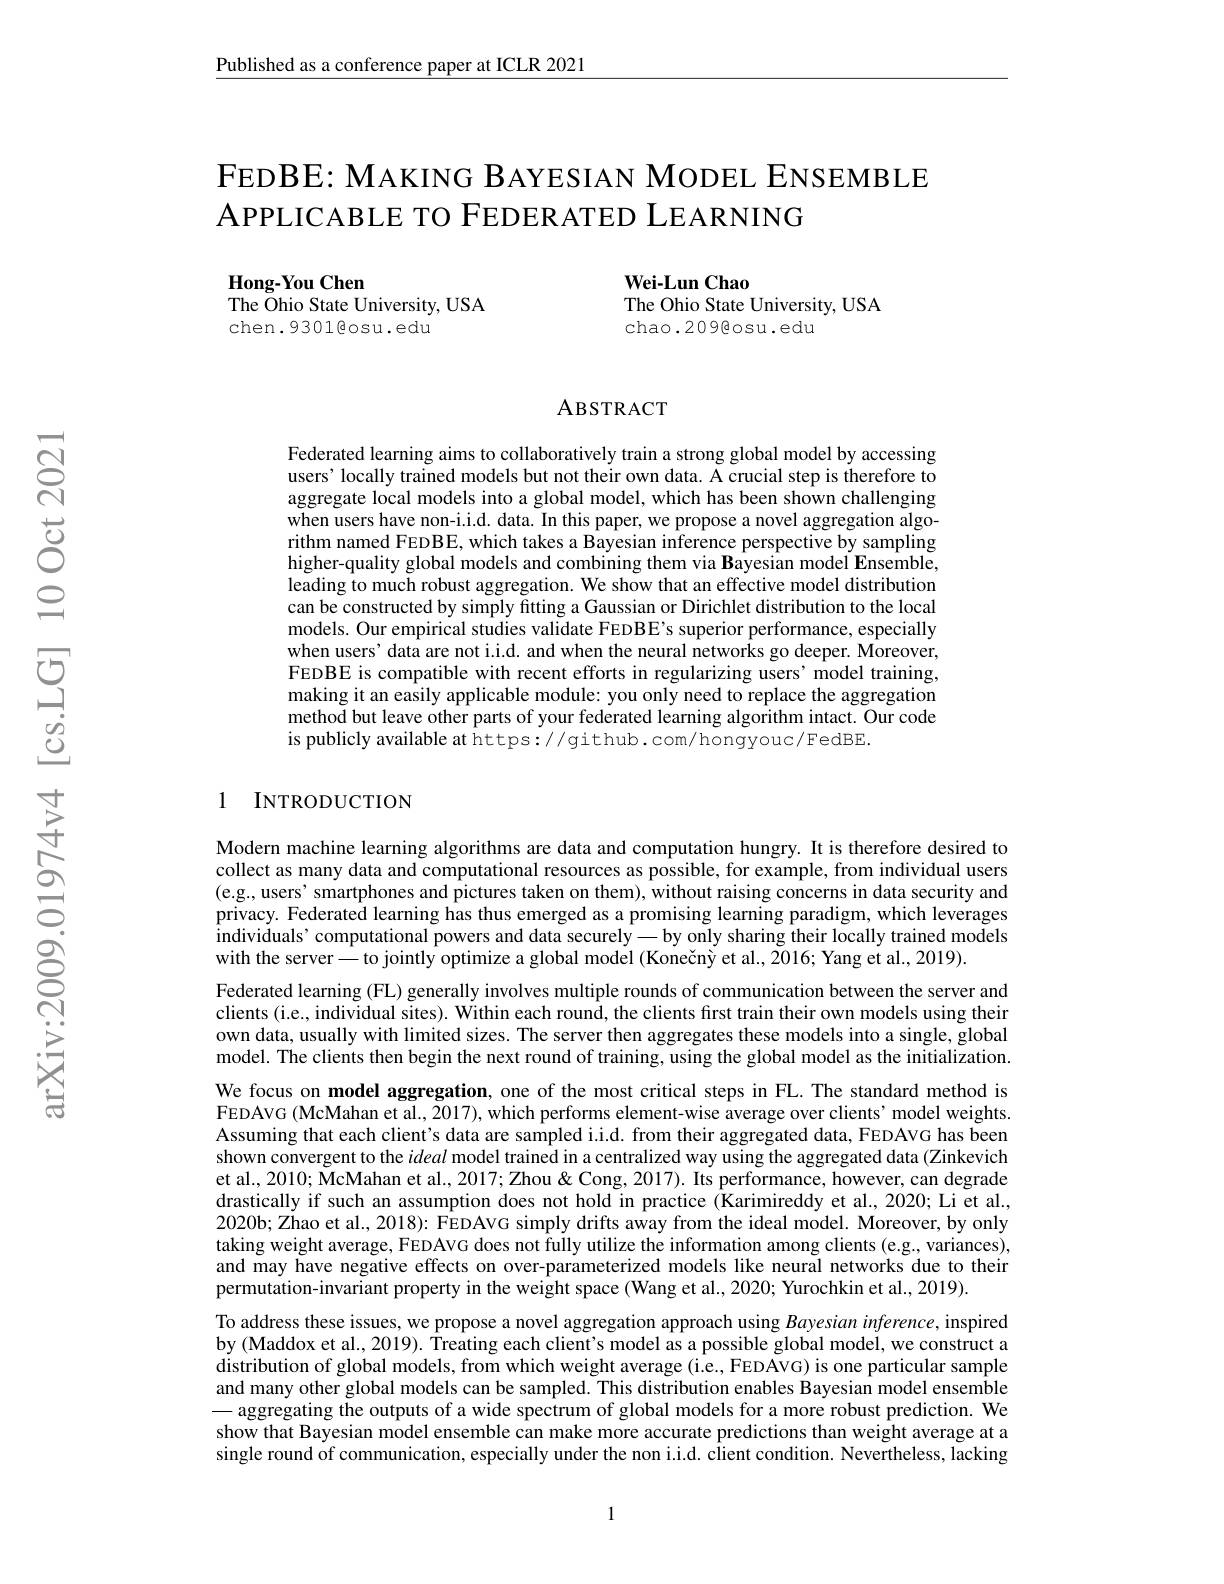
$\underline{\text{Published as a conference paper at ICLR 2021}}$

FEDBE: MAKING BAYESIAN MODEL ENSEMBLE
APPLICABLE TO FEDERATED LEARNING

Hong-You Chen
The $\bar{\mathrm{Ohio~State~University,~USA}}$
chen.9301@osu.edu

$\mathbf{Wei-LunChao}$
The Ohio State University, USA
chao.209@osu.edu

### ABSTRACT

Federated learning aims to collaboratively train a strong global model by accessing users' locally trained models but not their own data. A crucial step is therefore to aggregate local models into a global model, which has been shown challenging when users have non-i.i.d. data. In this paper, we propose a novel aggregation algorithm named FEDBE, which takes a Bayesian inference perspective by sampling higher-quality global models and combining them via Bayesian model Ensemble, leading to much robust aggregation. We show that an effective model distribution can be constructed by simply fitting a Gaussian or Dirichlet distribution to the local models. Our empirical studies validate FEDBE's superior performance, especially when users' data are not i.i.d. and when the neural networks go deeper. Moreover, FEDBE is compatible with recent efforts in regularizing users' model training, making it an easily applicable module: you only need to replace the aggregation method but leave other parts of your federated learning algorithm intact. Our code is publicly available at https://github.com/hongyouc/FedBE.

### 1 INTRODUCTION

Modern machine learning algorithms are data and computation hungry. It is therefore desired to collect as many data and computational resources as possible, for example, from individual users (e.g., users' smartphones and pictures taken on them), without raising concerns in data security and privacy. Federated learning has thus emerged as a promising learning paradigm, which leverages individuals’computational powers and data securely—by only sharing their locally trained models with the server\_ to jointly optimize a global model (Konečný et al., 2016; Yang et al., 2019).
Federated learning (FL) generally involves multiple rounds of communication between the server and clients (i.e., individual sites). Within each round, the clients first train their own models using their own data, usually with limited sizes. The server then aggregates these models into a single, global model. The clients then begin the next round of training, using the global model as the initialization. We focus on model aggregation, one of the most critical steps in FL. The standard method is FEDAVG (McMahan et al., 2017), which performs element-wise average over clients' model weights. Assuming that each client's data are sampled i.i.d. from their aggregated data, FEDAVG has been shown convergent to the ideal model trained in a centralized way using the aggregated data (Zinkevich et al., 2010; McMahan et al., 2017; Zhou & Cong, 2017). Its performance, however, can degrade drastically if such an assumption does not hold in practice (Karimireddy et al., 2020; Li et al., 2020b; Zhao et al., 2018): FEDAVG simply drifts away from the ideal model. Moreover, by only taking weight average, FEDAVG does not fully utilize the information among clients (e.g., variances), and may have negative effects on over-parameterized models like neural networks due to their permutation-invariant property in the weight space (Wang et al., 2020; Yurochkin et al., 2019).
To address these issues, we propose a novel aggregation approach using Bayesian inference, inspired by (Maddox et al., 2019). Treating each client's model as a possible global model, we construct a distribution of global models, from which weight average (i.e., FEDAVG) is one particular sample and many other global models can be sampled. This distribution enables Bayesian model ensemble - aggregating the outputs of a wide spectrum of global models for a more robust prediction. We show that Bayesian model ensemble can make more accurate predictions than weight average at a single round of communication, especially under the non i.i.d. client condition. Nevertheless, lacking

1